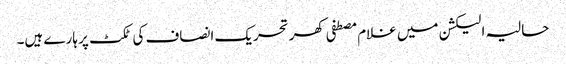
حالیہ الیکشن میں غلام مصطفی کھر تحریک انصاف کی ٹکٹ پر ہارے ہیں۔